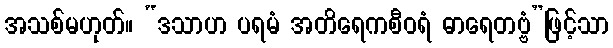
အသစ်မဟုတ်။ “ဒသာဟ ပရမံ အတိရေကစီဝရံ ဓာရေတဗ္ဗံ”ဖြင့်သာ